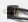
ذلك